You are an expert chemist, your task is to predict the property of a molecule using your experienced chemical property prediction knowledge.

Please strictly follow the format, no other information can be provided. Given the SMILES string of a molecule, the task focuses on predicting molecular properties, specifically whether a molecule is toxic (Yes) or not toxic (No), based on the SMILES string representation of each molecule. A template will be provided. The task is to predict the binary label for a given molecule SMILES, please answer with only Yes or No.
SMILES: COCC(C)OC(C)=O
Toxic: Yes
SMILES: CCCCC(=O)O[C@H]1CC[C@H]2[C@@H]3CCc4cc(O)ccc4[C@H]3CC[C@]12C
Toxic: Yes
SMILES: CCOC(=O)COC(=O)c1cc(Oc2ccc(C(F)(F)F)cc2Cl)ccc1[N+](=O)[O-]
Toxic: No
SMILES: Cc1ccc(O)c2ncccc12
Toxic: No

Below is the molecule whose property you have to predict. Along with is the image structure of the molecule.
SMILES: O=C(O)c1ccc(Cl)c(Cl)c1
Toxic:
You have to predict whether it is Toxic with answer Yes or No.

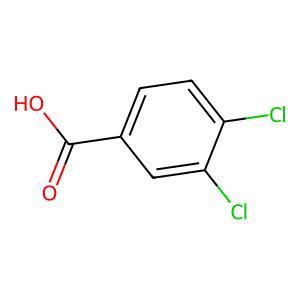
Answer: No